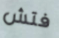
فتش